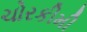
ચોરકીમી